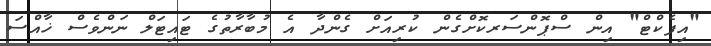
"އިފެކްޓް" އިން ސްޕޮންސަރކޮށްގެން ކުރިއަށް ގެންދާ އެ މުބާރާތުގެ ޓައިޓަލް ނަންވެސް ޚާއްސަ